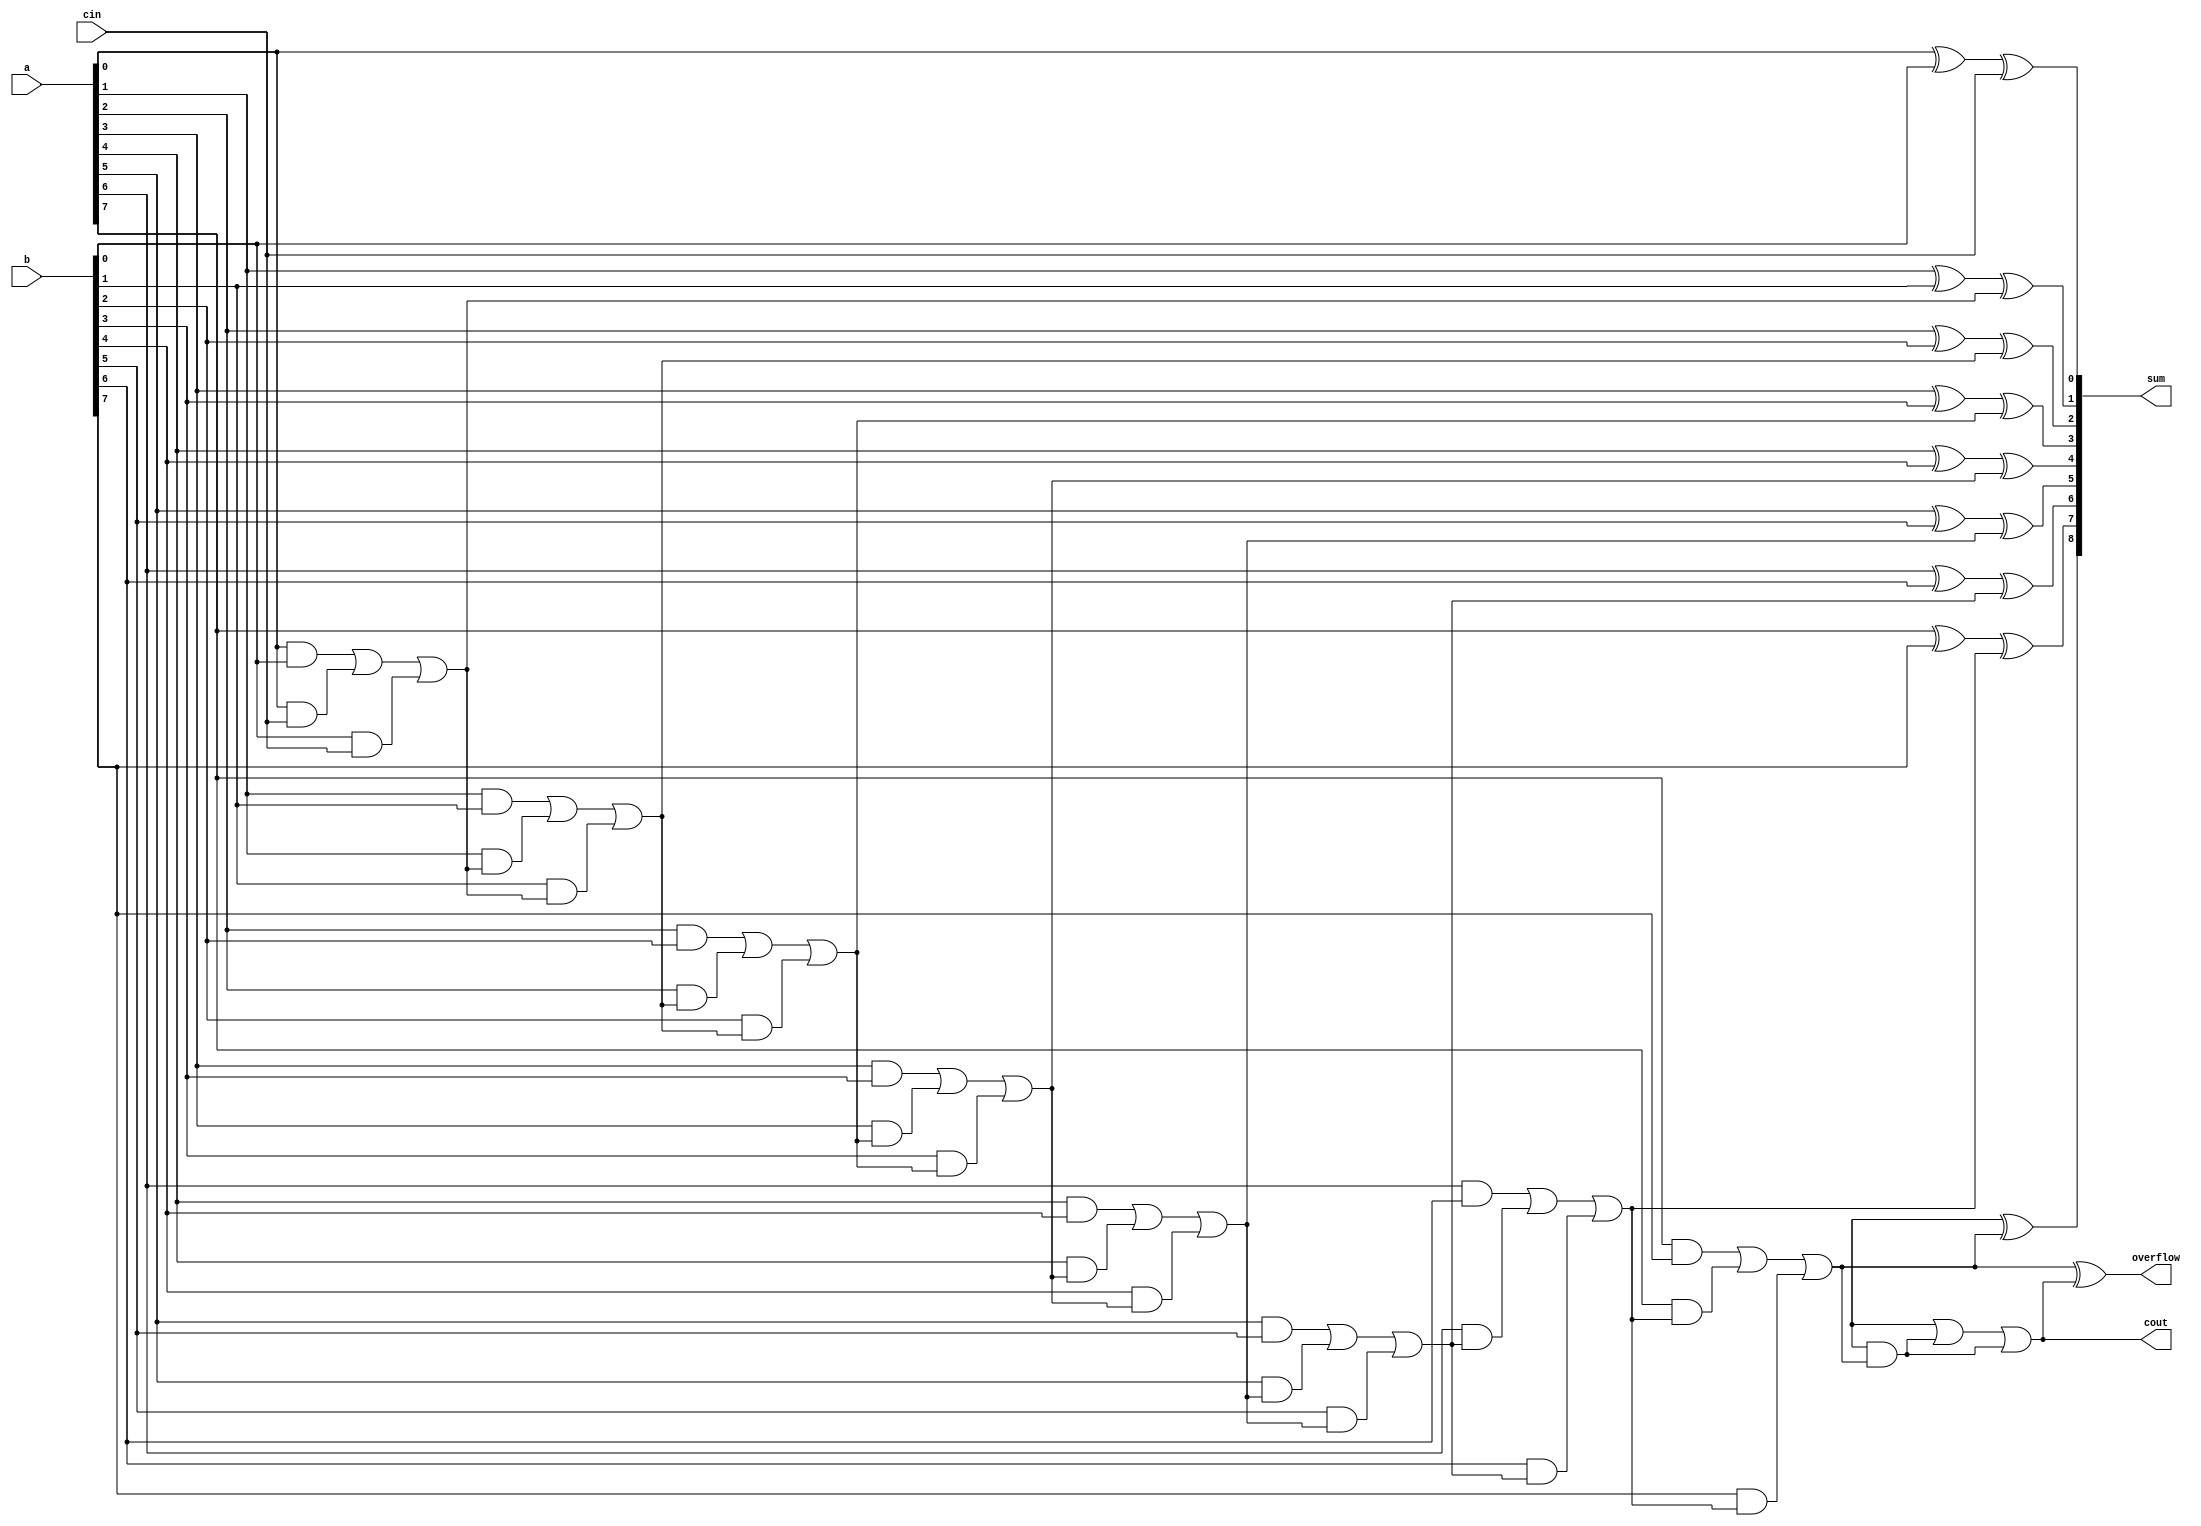
module carry_detect_adder(
    input wire [7:0] a,
    input wire [7:0] b,
    input wire cin,
    output reg [8:0] sum,
    output reg cout,
    output reg overflow
);

reg [8:0] carry;

assign sum[0] = a[0] ^ b[0] ^ cin;
assign carry[0] = (a[0] & b[0]) | (a[0] & cin) | (b[0] & cin);

genvar i;

generate
    for (i = 1; i < 9; i = i + 1) begin: adder_gen
        assign sum[i] = a[i] ^ b[i] ^ carry[i-1];
        assign carry[i] = (a[i] & b[i]) | (a[i] & carry[i-1]) | (b[i] & carry[i-1]);
    end
endgenerate

assign cout = carry[8];
assign overflow = carry[7] ^ carry[8];

endmodule